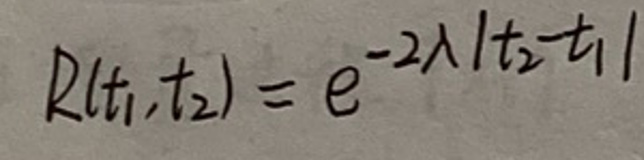
$R(t_1,t_2)=e^{-2\lambda|t_2 - t_1|}$